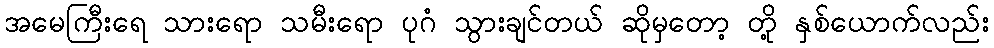
အမေကြီးရေ သားရော သမီးရော ပုဂံ သွားချင်တယ် ဆိုမှတော့ တို့ နှစ်ယောက်လည်း